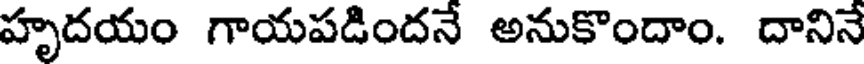
హృదయం గాయపడిందనే అనుకొందాం. దానినే